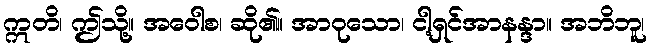
ဣတိ၊ ဤသို့။ အဝေါစ၊ ဆို၏။ အာဝုသော၊ ငါ့ရှင်အာနန္ဒာ။ အဘိဘူ၊